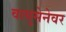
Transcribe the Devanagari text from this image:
वायुसेनेवर